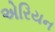
એરિયન